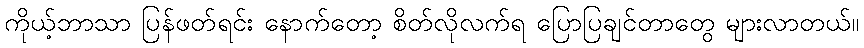
ကိုယ့်ဘာသာ ပြန်ဖတ်ရင်း နောက်တော့ စိတ်လိုလက်ရ ပြောပြချင်တာတွေ များလာတယ်။